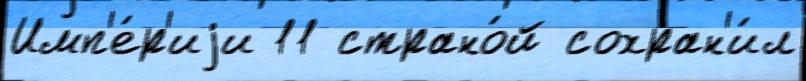
Имп'е́р'иjи 11 страно́й сохран'и́л